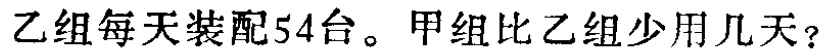
乙组每天装配54台。甲组比乙组少用几天？